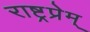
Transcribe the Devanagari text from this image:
राष्ट्रप्रेम्